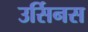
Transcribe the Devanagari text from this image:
उर्सिनस